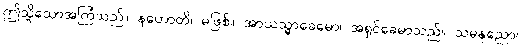
ဤသို့သောအကြံသည်။ နဟောတိ၊ မဖြစ်။ အာယသ္မာခေမော၊ အရှင်ခေမာသည်။ သမနုညော၊